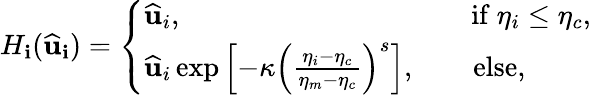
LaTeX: H_{\mathbf{i}}(\widehat{{\mathbf{{u}}}}_{\mathbf{i}})=\left\{ \begin{array}{ll}{\widehat{\mathbf{u}}_{i},\quad\quad\quad\quad\quad\quad\quad\quad\quad\quad\, \mathrm{if}\ \eta_{i}\leq\eta_{c},}\\ {\widehat{\mathbf{u}}_{i}\exp\left[-\kappa\left(\frac{\eta_{i}-\eta_{c}}{\eta_{m}-\eta_{c}}\right)^{s}\right],\quad\quad\mathrm{else},}\end{array}\right.